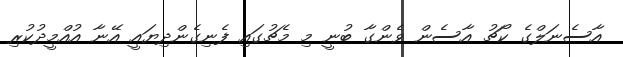
އާސެނަލްގެ ކޯޗު އާސެން ވެންގާ ބުނީ މި މެޗުގައި ފެނިގެންދިޔައީ އޭނާ އުއްމީދުކުރި